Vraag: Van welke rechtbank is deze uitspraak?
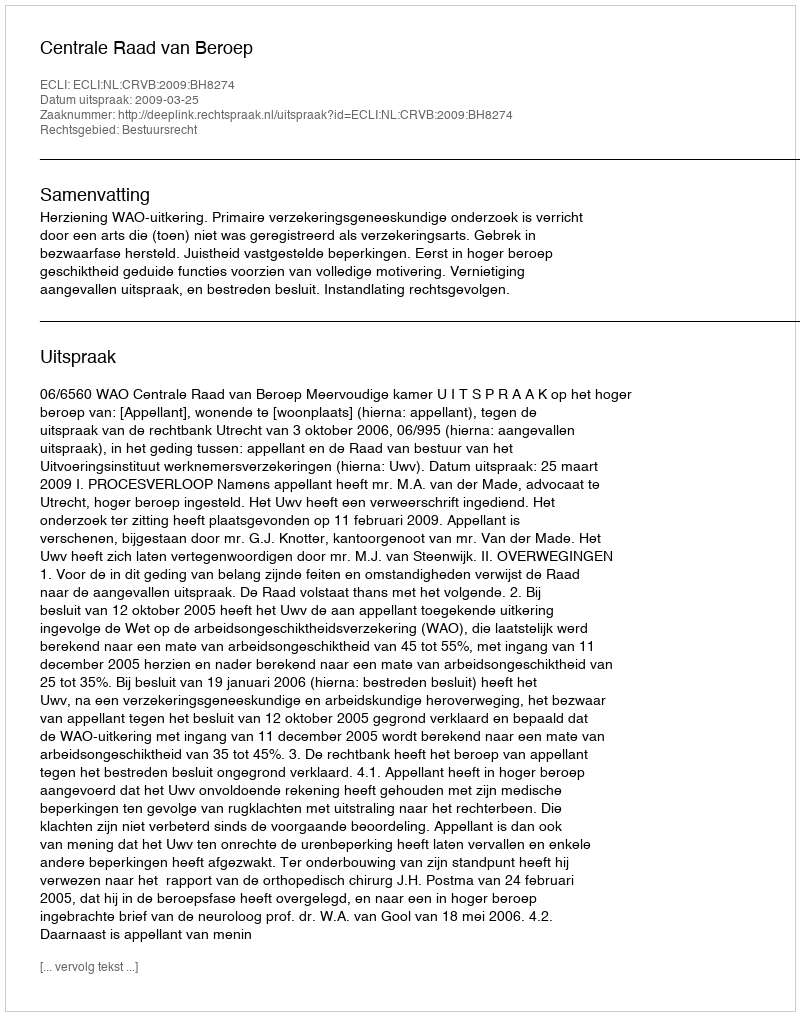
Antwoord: Centrale Raad van Beroep